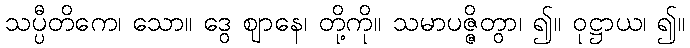
သပ္ပီတိကေ၊ သော။ ဒွေ ဈာနေ၊ တို့ကို။ သမာပဇ္ဇိတွာ၊ ၍။ ဝုဋ္ဌာယ၊ ၍။